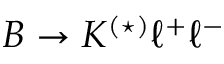
B \to K ^ { ( \star ) } \ell ^ { + } \ell ^ { - }